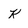
Character: k